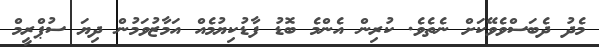
މެދު ދެބަސްވެވޭކަށް ނެތެވެ. ކުރިން އެންމެ ބޮޑު ފާޑުކިޔުމެއް އަމާޒުވަމުން ދިޔަ ސުޕްރީމް